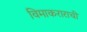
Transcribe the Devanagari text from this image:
विमाकराराची